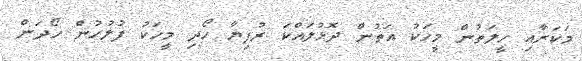
މަކަރާއި ހީލަތުން މީހަކު އަތުން ދޮޅުލައްކަ ރުފިޔާ ހޯދި މީހަކު ފުލުހުން ހޯދަން